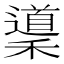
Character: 䆃